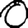
Digit: 0